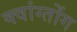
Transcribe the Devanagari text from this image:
क्वांग्तोंग